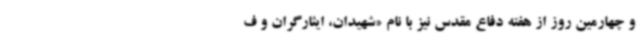
و چهارمین روز از هفته دفاع مقدس نیز با نام «شهیدان، ایثارگران و ف